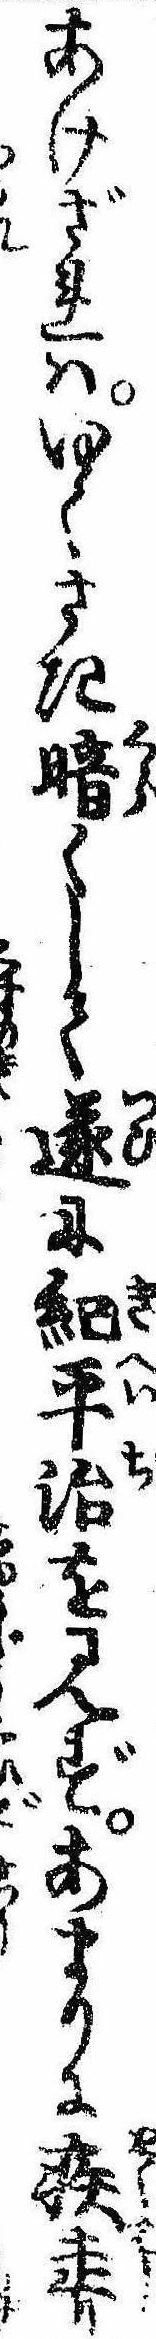
あけざれはゆくさき暗くして遂に紀平治を見ずあまりに疾走り